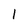
Character: 1